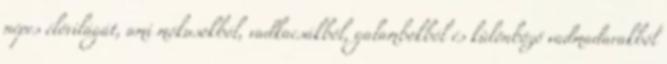
népes élővilágát, ami mókusokból, vadkacsákból, galambokból és különböző vadmadarakból